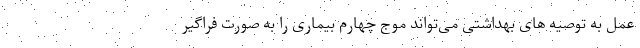
عمل به توصیه های بهداشتی می‌تواند موج چهارم بیماری را به صورت فراگیر